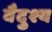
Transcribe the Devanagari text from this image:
वैदुश्य